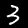
Digit: 3